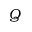
Q